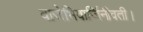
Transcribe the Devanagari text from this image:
वाजेभिवार्जिनीवती।